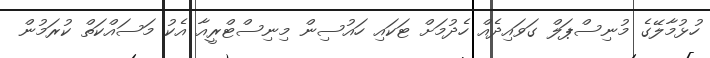
ހުޅުމާލޭގެ މުނިސްޕަލް ގަވައިދެއް ހެދުމަށް ޓަކައި ހައުސިން މިނިސްޓްރީއާ އެކު މަސައްކަތް ކުރަމުން